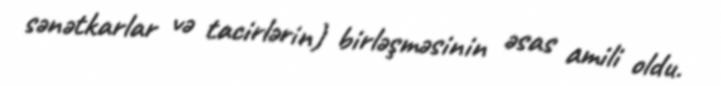
sənətkarlar və tacirlərin) birləşməsinin əsas amili oldu.